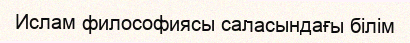
Ислам философиясы саласындағы білім